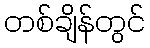
တစ်ချိန်တွင်